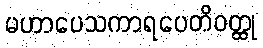
မဟာပေသကာရပေတိဝတ္ထု